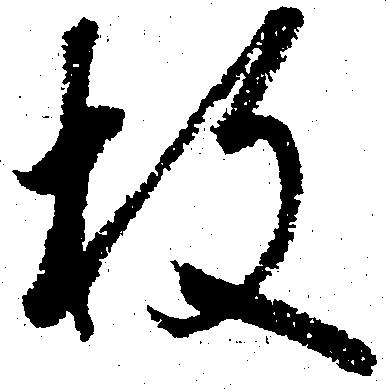
枚